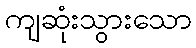
ကျဆုံးသွားသော